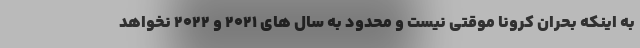
به اینکه بحران کرونا موقتی نیست و محدود به سال های 2021 و 2022 نخواهد